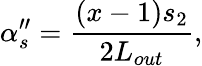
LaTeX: \alpha_{s}^{\prime\prime}=\frac{(x-1)s_{2}}{2L_{out}},